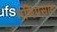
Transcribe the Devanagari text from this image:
मणिप्रसाद